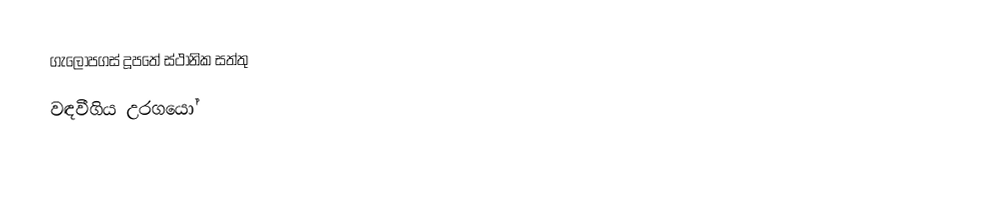
ගැලොපගස් දූපතේ ස්ථානික සත්තු
වඳවීගිය උරගයෝ